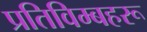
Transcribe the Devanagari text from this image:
प्रतिविम्‍बहरू